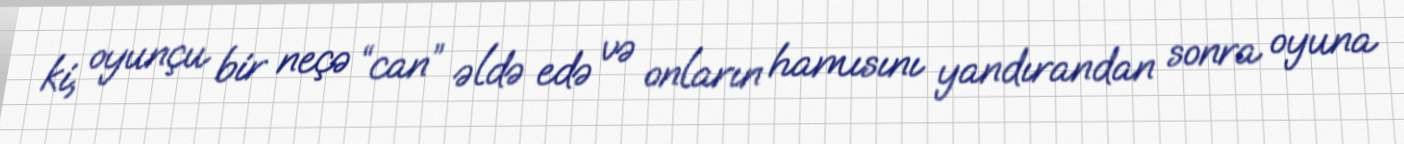
ki, oyunçu bir neçə “can” əldə edə və onların hamısını yandırandan sonra oyuna